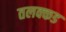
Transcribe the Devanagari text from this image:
तलक्कड